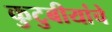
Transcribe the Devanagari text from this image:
कुटुबीयांचे